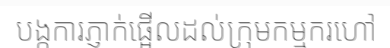
បង្កការភ្ញាក់ផ្អើលដល់ក្រុមកម្មករហៅ